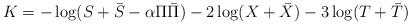
LaTeX: \begin{align*}K = - \log (S + \bar S - \alpha \Pi \bar \Pi) - 2 \log (X + \bar X) - 3 \log (T + \bar T)\end{align*}